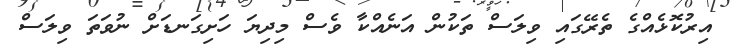
އިރުކޮޅެއްގެ ތެރޭގައި ވިލަސް ތަކުން އަނެއްކާ ވެސް މިދިޔަ ހަށިގަނޑަށް ނުވަތަ ވިލަސް